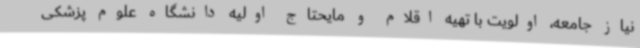
نیاز جامعه، اولویت با تهیه اقلام و مایحتاج اولیه دانشگاه علوم پزشکی